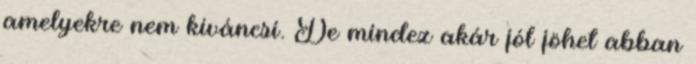
amelyekre nem kíváncsi. De mindez akár jól jöhet abban